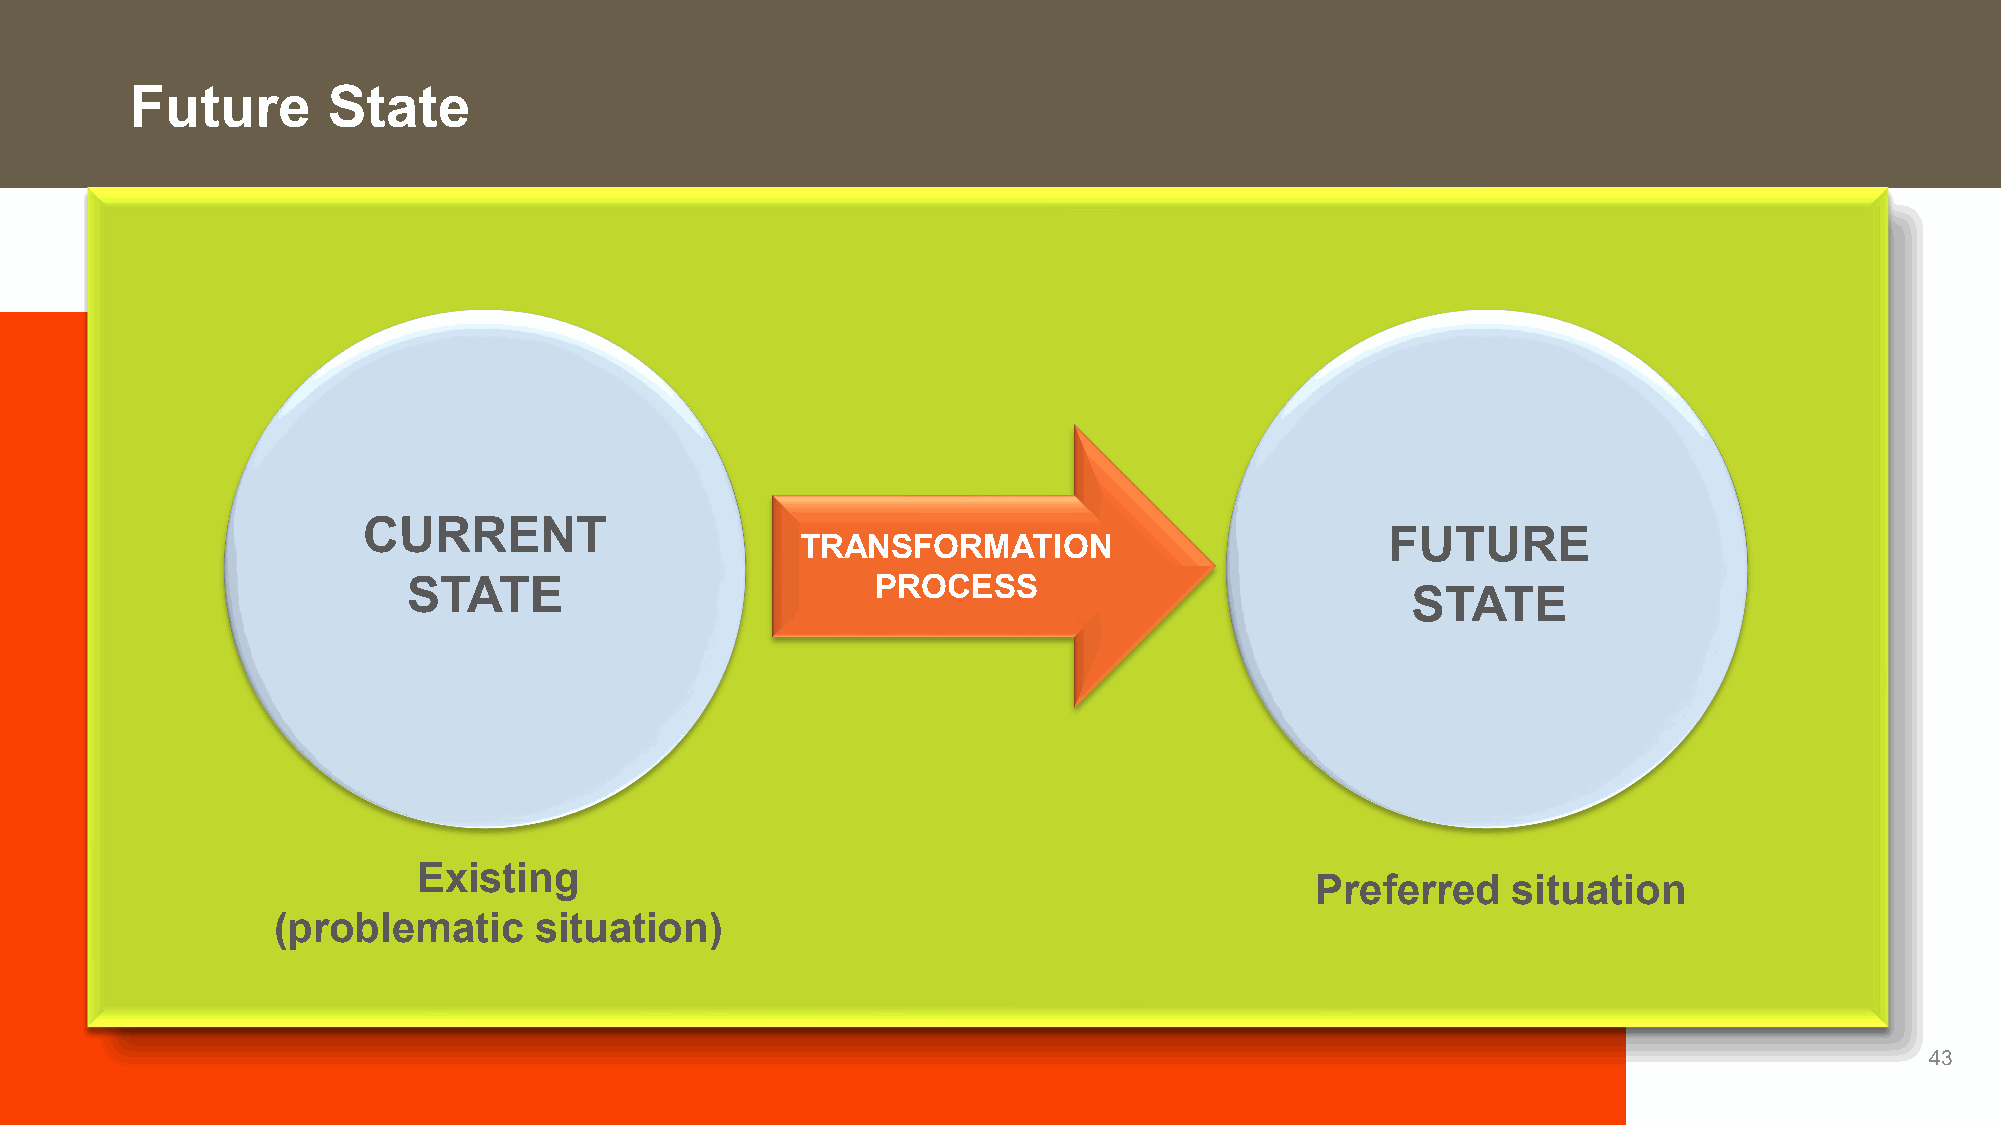
Future       State
 CURRENT
 FUTURE
 TRANSFORMATION
 STATE                          PROCESS
 STATE
 Existing
 Preferred    situation
 (problematic     situation)
 43